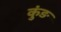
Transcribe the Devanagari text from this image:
कुंङ